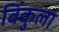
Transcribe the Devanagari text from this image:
विंकुला